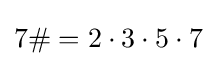
7\#=2\cdot 3\cdot 5\cdot 7